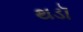
થડૉ